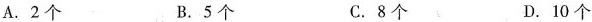
A.2个 B.5个 C.8个 D.10个